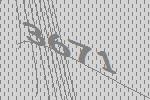
3671